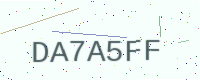
Text: DA7A5FF